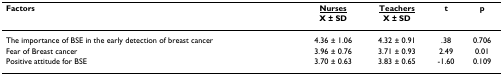
<table><thead><tr><td><b>Factors</b></td><td><b><underline>Nurses</underline></b></td><td><b><underline>Teachers</underline></b></td><td><b>t</b></td><td><b>p</b></td></tr><tr><td></td><td><b>X ± SD</b></td><td><b>X ± SD</b></td><td></td><td></td></tr></thead><tbody><tr><td>The importance of BSE in the early detection of breast cancer</td><td>4.36 ± 1.06</td><td>4.32 ± 0.91</td><td>.38</td><td>0.706</td></tr><tr><td>Fear of Breast cancer</td><td>3.96 ± 0.76</td><td>3.71 ± 0.93</td><td>2.49</td><td>0.01</td></tr><tr><td>Positive attitude for BSE</td><td>3.70 ± 0.63</td><td>3.83 ± 0.65</td><td>-1.60</td><td>0.109</td></tr></tbody></table>